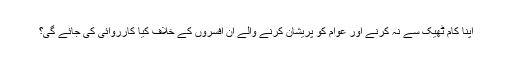
اپنا کام ٹھیک سے نہ کرنے اور عوام کو پریشان کرنے والے ان افسروں کے خلاف کیا کارروائی کی جائے گی؟